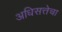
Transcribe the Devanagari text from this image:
अधिसत्तेचा